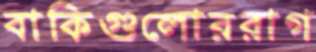
বাকিগুলোররাগ